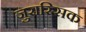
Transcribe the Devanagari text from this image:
जुरास्सिक